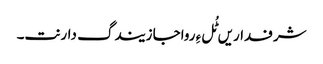
شرفداریں ٹُل ءِ رواجا زیندگ دارنت۔